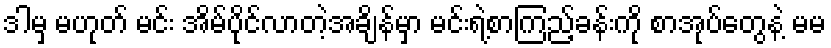
ဒါမှ မဟုတ် မင်း အိမ်ပိုင်လာတဲ့အချိန်မှာ မင်းရဲ့စာကြည့်ခန်းကို စာအုပ်တွေနဲ့ မမ